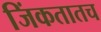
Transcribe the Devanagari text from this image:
जिंकतातच